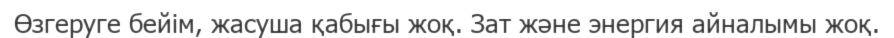
Өзгеруге бейім, жасуша қабығы жоқ. Зат және энергия айналымы жоқ.